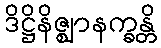
ဒိဋ္ဌိနိဇ္ဈာနက္ခန္တိ